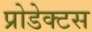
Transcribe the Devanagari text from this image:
प्रोडेक्टस